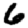
Digit: 6